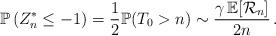
LaTeX: \begin{align*}\mathbb P\left(Z^*_n\le -1\right)=\frac 12\mathbb P(T_0>n) \sim \frac {\gamma\, \mathbb E[\mathcal R_n]} {2n} \, .\end{align*}